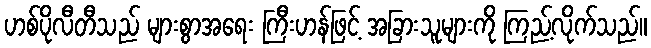
ဟစ်ပိုလီတီသည် များစွာအရေး ကြီးဟန်ဖြင့် အခြားသူများကို ကြည့်လိုက်သည်။